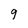
Character: 9